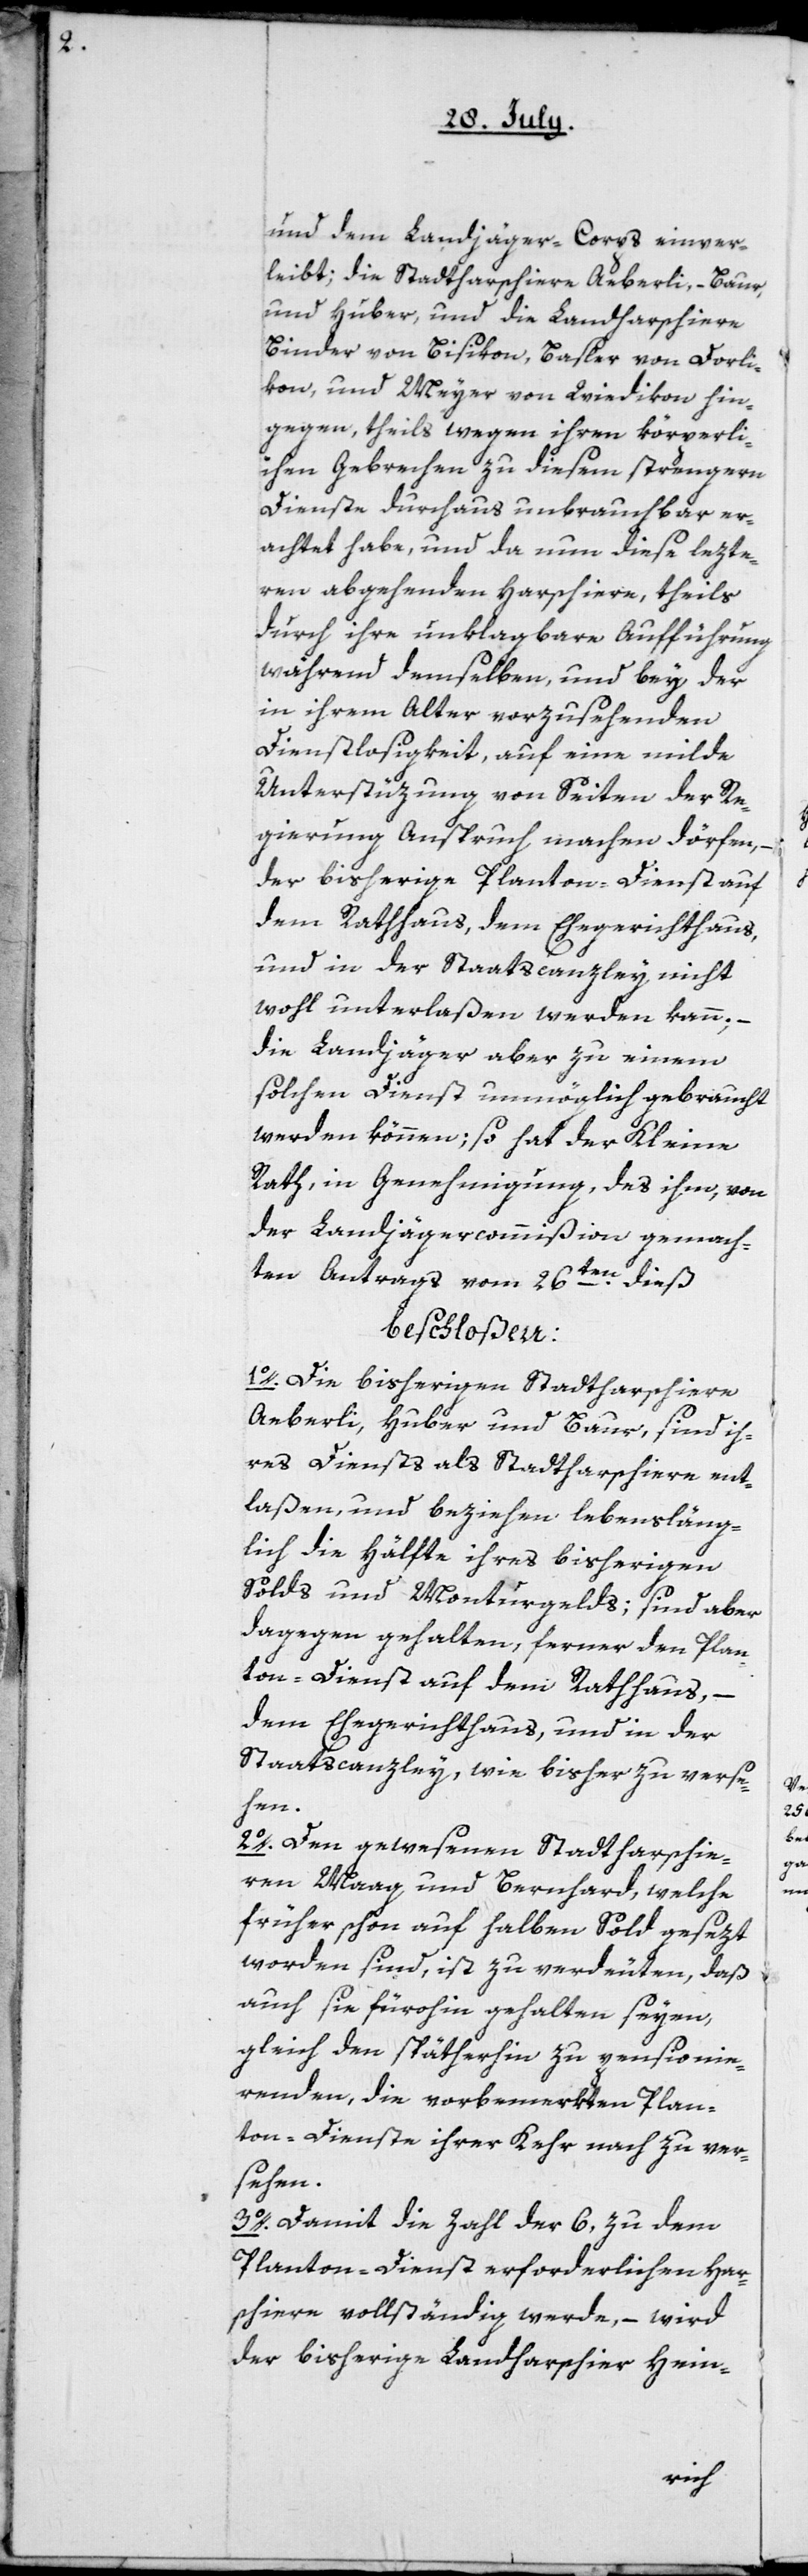
und dem Landjäger-Corps einver¬
leibt; die Stadtharschiere Aeberli, Baur
und Huber; und die Landharschiere
Binder von Bisikon, Basler von Dorli¬
kon, und Meyer von Wiedikon hin¬
gegen, theils wegen ihren körperli¬
chen Gebrechen zu diesem strengern
Dienste durchaus unbrauchbar er¬
achtet habe, und da nun diese lezte¬
ren abgehenden Harschiere, theils
durch ihre unklagbare Aufführung
während demselben, und bey der
in ihrem Alter vorzusehenden
Dienstlosigkeit, auf eine milde
Unterstüzung von Seiten der Re¬
gierung Anspruch machen dörfen, –
der bisherige Planton-Dienst auf
dem Rathhaus, dem Ehegerichthaus,
und in der Staatscanzley nicht
wohl unterlaßen werden kann; –
die Landjäger aber zu einem
solchen Dienst unmöglich gebraucht
werden können; so hat der Kleine
Rath, in Genehmigung, des ihm, von
der Landjägercommißion gemach¬
ten Antrags vom 26ten dieß
beschloßen:
1o. Die bisherigen Stadtharschiere
Aeberli, Huber und Baur, sind ih¬
res Dienstes als Stadtharschiere ent¬
laßen, und beziehen lebensläng¬
lich die Hälfte ihres bisherigen
Solds und Monturgelds; sind aber
dagegen gehalten, ferner den Plan¬
ton-Dienst auf dem Rathhaus,
dem Ehegerichthaus, und in der
Staatscanzley, wie bisher zu verse¬
hen.
2o. Den gewesenen Stadtharschie¬
ren Maag und Bernhard, welche
früher schon auf halben Sold gesezt
worden sind, ist zu verdeuten, daß
auch sie fürohin gehalten seyen,
gleich den späterhin zu pensionie¬
renden, die vorbemerkten Plan¬
ton-Dienste ihrer Kehr nach zu ver¬
sehen.
3o. Damit die Zahl der 6, zu dem
Planton-Dienst erforderlichen Har¬
schiere vollständig werde, – wird
der bisherige Landharschier Hein-